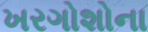
ખરગોશોના